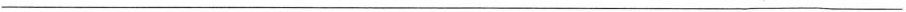
___